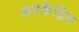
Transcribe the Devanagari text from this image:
अपकेद्रित्र